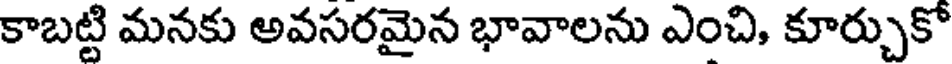
కాబట్టి మనకు అవసరమైన భావాలను ఎంచి, కూర్చుకో